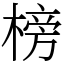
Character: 榜